Report on plague in the Punjab from October 1st ... to September 30th ..., being the ... season of plague in the province
Disease focus: Plague
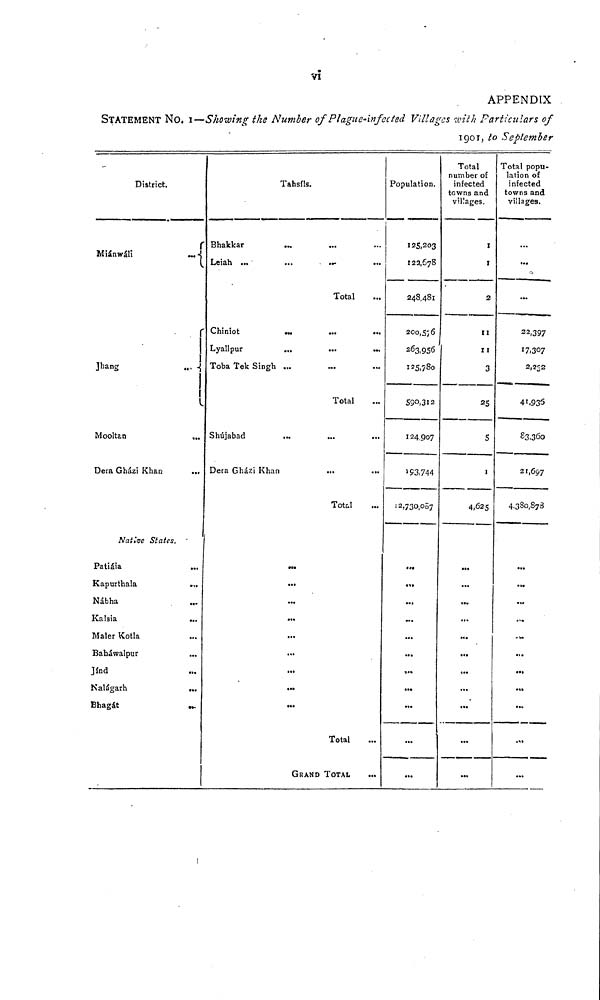
vi
APPENDIX
STATEMENT NO. I—Showing the Number of Plague-Infected Villages ivith Particulars of
1901, to September
District.
Miánwáli
...
Jhang
...
Mooltan
...
Dera Gházi Khan
Native States, '
Patiáia
Kapurthala
Nábha
Kalsia
...
Maler Kotla
Baháwalpur
...
jínd
Nalágarh
...
Bhagát
...
Tahsíls.
Bhakkar
...
Leiah ...
...
...
Total
Chiniot
...
Lyallpur
Toba Tek Singh ...
Total
Shújabad
Dera Gházi Khan
Total
„.
...
...
...
...
...
...
...
...
Total
GRAND TOTAL
Population.
125,203
122,678
248,481
200,5; 6
263,956
125,780
59°;3I2
124,907
193,744
12.730,057
...
.,.
...
».
...
...
,.,
...
...
...
...
Total
number of
infected
towns and
v'üages.
I
I
2
11
I I
3
25
5
1
4,625
...
...
...
...
«.
...
...
...
...
...
..,
Total popu-
lation of
infected
towns and
villages.
...
...
22,397
17,307
2,252
41.935
£ 3,36o
21,697
4.380,878
...
...
...
...
...
...
...
...